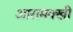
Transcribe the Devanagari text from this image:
आरामक्खी